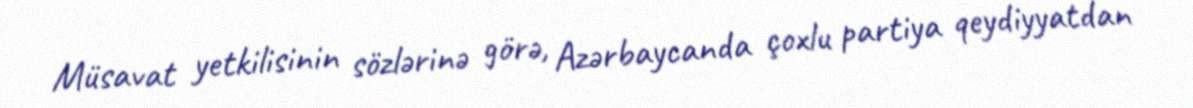
Müsavat yetkilisinin sözlərinə görə, Azərbaycanda çoxlu partiya qeydiyyatdan